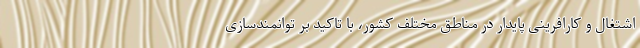
اشتغال و کارافرینی پایدار در مناطق مختلف کشور، با تاکید بر توانمندسازی